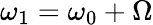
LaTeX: \omega_{1}=\omega_{0}+\Omega